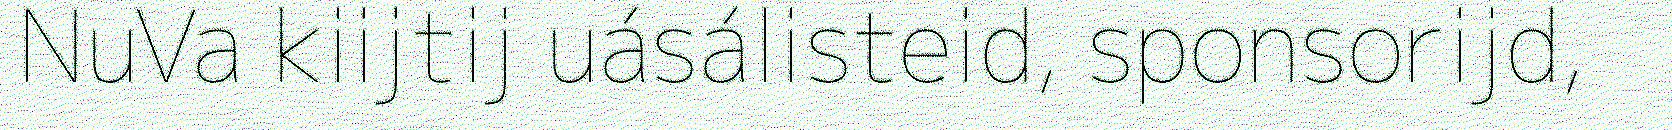
NuVa kiijtij uásálisteid, sponsorijd,